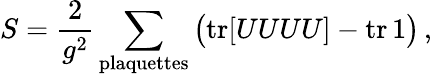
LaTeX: S={\frac{2}{g^{2}}}\sum_{\mathrm{plaquettes}}\big(\mathrm{tr}[UUUU]-\mathrm{tr}\, 1\big)\, ,